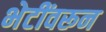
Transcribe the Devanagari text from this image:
भेटींवरून